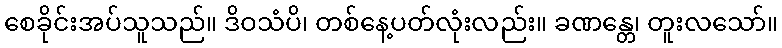
စေခိုင်းအပ်သူသည်။ ဒိဝသံပိ၊ တစ်နေ့ပတ်လုံးလည်း။ ခဏန္တေ၊ တူးလသော်။